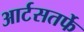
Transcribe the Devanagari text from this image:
आर्टसतर्फे